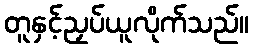
တူနှင့်ညှပ်ယူလိုက်သည်။